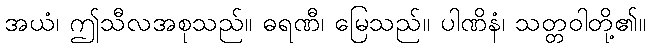
အယံ၊ ဤသီလအစုသည်။ ဓရဏီ၊ မြေသည်။ ပါဏိနံ၊ သတ္တဝါတို့၏။